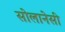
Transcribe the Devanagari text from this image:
सोलानेसी